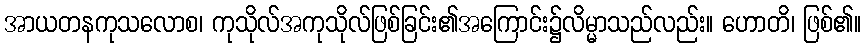
အာယတနကုသလောစ၊ ကုသိုလ်အကုသိုလ်ဖြစ်ခြင်း၏အကြောင်း၌လိမ္မာသည်လည်း။ ဟောတိ၊ ဖြစ်၏။